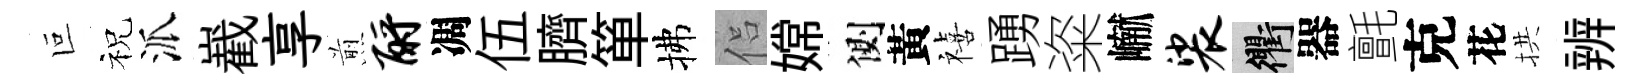
叵祝派嶻享煎酹凋伍臍箪拂侣嫦側黃禧踴粢𪩘裟衢器氈克花拱辨